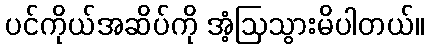
ပင်ကိုယ်အဆိပ်ကို အံ့ဩသွားမိပါတယ်။